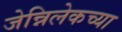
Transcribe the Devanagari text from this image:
जेन्निलेकच्या